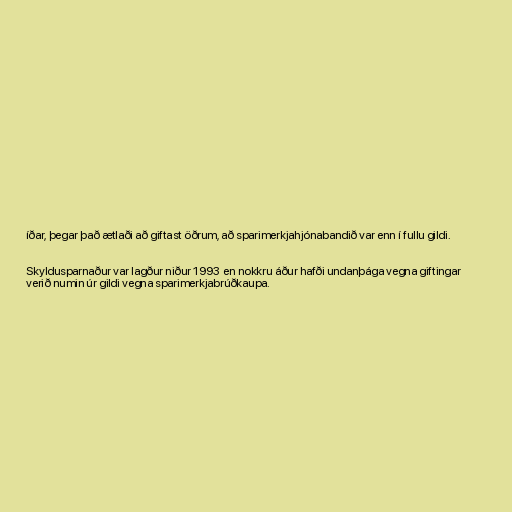
íðar, þegar það ætlaði að giftast öðrum, að sparimerkjahjónabandið var enn í fullu gildi.

Skyldusparnaður var lagður niður 1993 en nokkru áður hafði undanþága vegna giftingar
verið numin úr gildi vegna sparimerkjabrúðkaupa.